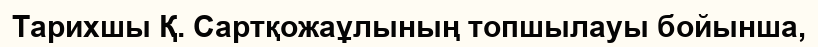
Тарихшы Қ. Сартқожаұлының топшылауы бойынша,